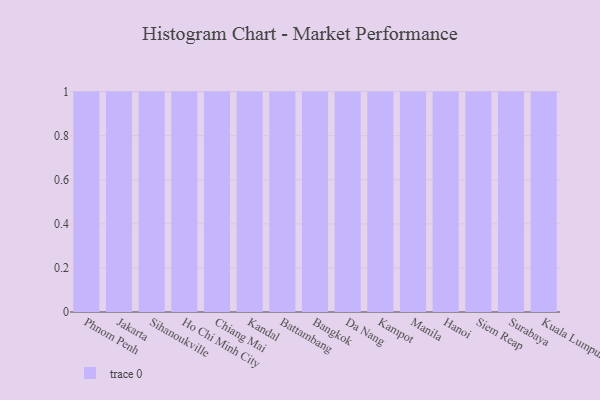
{"axis": {"x": "City", "y": "Churn Rate (%)"}, "legend": [""], "data": [{"x": "Phnom Penh", "y": 40, "type": ""}, {"x": "Jakarta", "y": 26, "type": ""}, {"x": "Sihanoukville", "y": 88, "type": ""}, {"x": "Ho Chi Minh City", "y": 37, "type": ""}, {"x": "Chiang Mai", "y": 94, "type": ""}, {"x": "Kandal", "y": 19, "type": ""}, {"x": "Battambang", "y": 81, "type": ""}, {"x": "Bangkok", "y": 45, "type": ""}, {"x": "Da Nang", "y": 34, "type": ""}, {"x": "Kampot", "y": 1, "type": ""}, {"x": "Manila", "y": 33, "type": ""}, {"x": "Hanoi", "y": 12, "type": ""}, {"x": "Siem Reap", "y": 14, "type": ""}, {"x": "Surabaya", "y": 53, "type": ""}, {"x": "Kuala Lumpur", "y": 47, "type": ""}]}